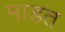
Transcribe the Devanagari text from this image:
माडत